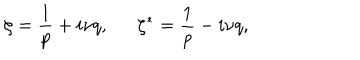
\zeta = \frac { 1 } { p } + i \nu q , \zeta ^ { * } = \frac { 1 } { p } - i \nu q ,